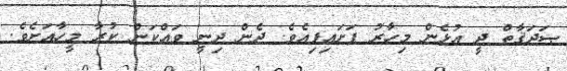
ޞަދަޤާތް ދީ އުޅެން މިހާރު ފަށައިފިއެވެ. ދެން ދިނީ ވައްކަން ކުރާ މީހާއަށެވެ.